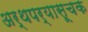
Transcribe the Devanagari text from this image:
अर्थपर्यासूचक